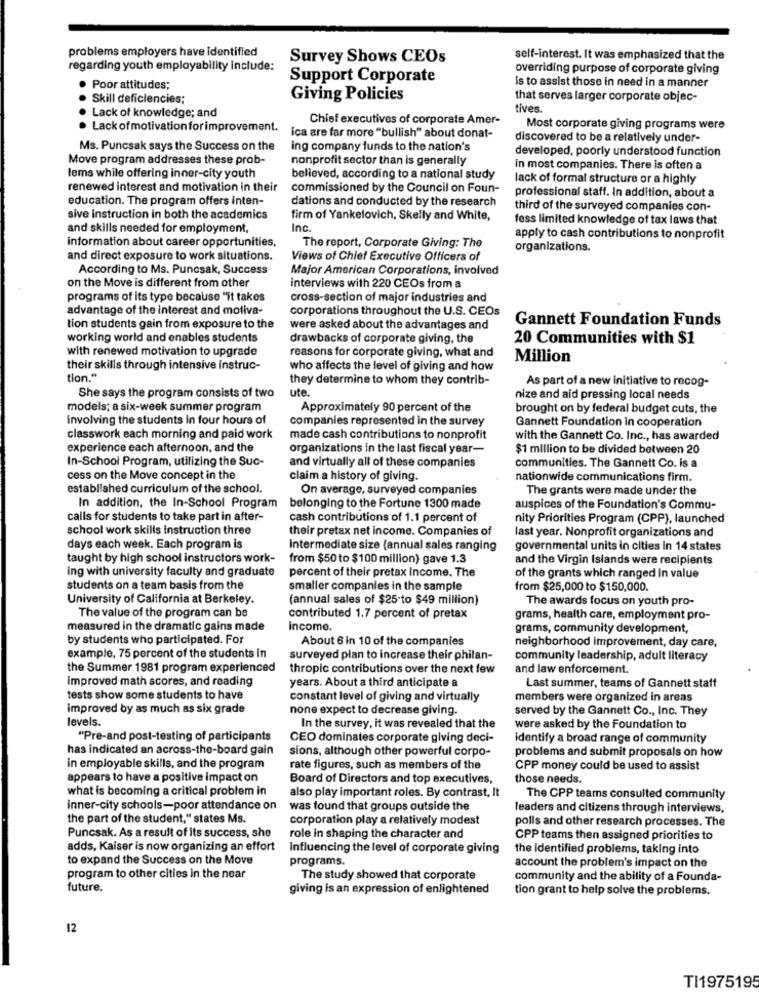
problems employers have identified
Survey Shows CEOs
self-interest. It was emphasized that the
regarding youth employability include:
overriding purpose of corporate giving
Support Corporate
· Poor attitudes;
is to assist those in need in a manner
· Skill deficiencies;
Giving Policies
that serves larger corporate objec-
tives.
. Lack of knowledge; and
Chief executives of corporate Amer-
· Lack ofmotivation forimprovement.
Most corporate giving programs were
ica are far more "bullish" about donat-
discovered to be a relatively under-
Ms. Puncsak says the Success on the
ing company funds to the nation's
developed, poorly understood function
Move program addresses these prob-
nonprofit sector than is generally
in most companies. There is often a
lems while offering inner-city youth
believed, according to a national study
lack of formal structure or a highly
renewed interest and motivation in their
commissioned by the Council on Foun-
education. The program offers inten-
dations and conducted by the research
professional staff. In addition, about a
third of the surveyed companies con-
sive instruction in both the academics
firm of Yankelovich, Skelly and White,
fess limited knowledge of tax laws that
and skills needed for employment,
Inc.
information about career opportunities,
The report, Corporate Giving: The
apply to cash contributions to nonprofit
organizations.
and direct exposure to work situations.
Views of Chief Executive Officers of
According to Ms. Puncsak, Success
Major American Corporations, involved
on the Move is different from other
interviews with 220 CEOs from a
programs of its type because "it takes
cross-section of major industries and
advantage of the interest and motiva-
corporations throughout the U.S. CEOs
Gannett Foundation Funds
tion students gain from exposure to the
were asked about the advantages and
working world and enables students
drawbacks of corporate giving, the
20 Communities with $1
with renewed motivation to upgrade
reasons for corporate giving, what and
Million
their skills through intensive instruc-
who affects the level of giving and how
tion."
they determine to whom they contrib-
As part of a new Initiative to recog-
ute.
She says the program consists of two
nize and aid pressing local needs
models; a six-week summer program
Approximately 90 percent of the
brought on by federal budget cuts, the
involving the students In four hours of
companies represented in the survey
Gannett Foundation in cooperation
classwork each morning and paid work
made cash contributions to nonprofit
with the Gannett Co. Inc ., has awarded
experience each afternoon, and the
organizations in the last fiscal year-
$1 million to be divided between 20
In-School Program, utilizing the Suc-
and virtually all of these companies
communities. The Gannett Co. is a
cess on the Move concept in the
claim a history of giving.
nationwide communications firm.
established curriculum of the school.
On average, surveyed companies
The grants were made under the
In addition, the In-School Program
belonging to the Fortune 1300 made
auspices of the Foundation's Commu-
calls for students to take part in after-
cash contributions of 1.1 percent of
nity Priorities Program (CPP), launched
school work skills Instruction three
their pretax net income. Companies of
last year. Nonprofit organizations and
days each week. Each program is
Intermediate size (annual sales ranging
governmental units in cities in 14 states
taught by high school instructors work-
from $50 to $100 million) gave 1.3
and the Virgin Islands were recipients
ing with university faculty and graduate
percent of their pretax Income. The
of the grants which ranged In value
students on a team basis from the
smaller companies in the sample
from $25,000 to $150,000.
University of California at Berkeley.
(annual sales of $25 to $49 million)
The awards focus on youth pro-
The value of the program can be
contributed 1.7 percent of pretax
grams, health care, employment pro-
measured in the dramatic gains made
incomo.
grams, community development,
by students who participated. For
About 6 in 10 of the companies
neighborhood improvement, day care,
example, 75 percent of the students in
surveyed plan to increase their philan-
community leadership, adult literacy
the Summer 1981 program experienced
thropic contributions over the next few
and law enforcement.
improved math scores, and reading
years. About a third anticipate a
Last summer, teams of Gannett staff
tests show some students to have
constant level of giving and virtually
members were organized in areas
improved by as much as six grade
none expect to decrease giving.
served by the Gannett Co ., Inc. They
levels.
In the survey, it was revealed that the
were asked by the Foundation to
"Pre-and post-testing of participants
CEO dominates corporate giving deci-
identify a broad range of community
has indicated an across-the-board gain
sions, although other powerful corpo-
problems and submit proposals on how
in employable skills, and the program
rate figures, such as members of the
CPP money could be used to assist
appears to have a positive impact on
Board of Directors and top executives,
those needs.
what is becoming a critical problem in
also play important roles. By contrast, It
The CPP teams consulted community
inner-city schools-poor attendance on
was found that groups outside the
leaders and citizens through interviews,
the part of the student," states Ms.
corporation play a relatively modest
polls and other research processes. The
Puncsak. As a result of its success, she
role in shaping the character and
CPP teams then assigned priorities to
adds, Kaiser is now organizing an effort
Influencing the level of corporate giving
the Identified problems, taking into
to expand the Success on the Move
programs.
account the problem's impact on the
program to other cities in the near
The study showed that corporate
community and the ability of a Founda-
future.
giving is an expression of enlightened
tion grant to help solve the problems.
12
TI1975195